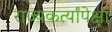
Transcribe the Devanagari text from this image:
राज्यकर्त्यांपेक्षा